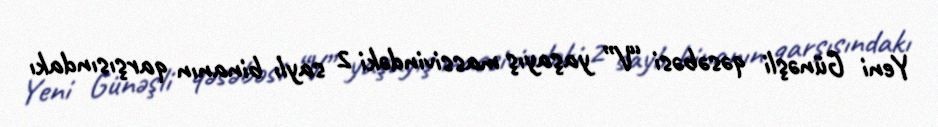
Yeni Günəşli qəsəbəsi “V” yaşayış massivindəki 2 saylı binanın qarşısındakı